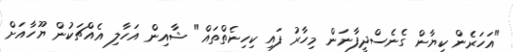
"އަހަރެން ކިޔާން ގެނެސްދީފާނަން މިހާރު ފައި ކިހިނެތްތައް" ޝާއިން އަހާލި އެއްޗަކުން ޔޫހާއަށް